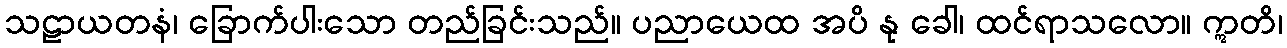
သဠာယတနံ၊ ခြောက်ပါးသော တည်ခြင်းသည်။ ပညာယေထ အပိ နု ခေါ၊ ထင်ရာသလော။ ဣတိ၊